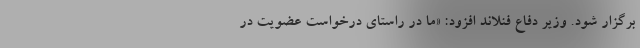
برگزار شود. وزیر دفاع فنلاند افزود: «‌ما در راستای درخواست عضویت در